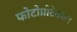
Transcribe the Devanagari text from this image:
फोटोप्रोटेक्शन